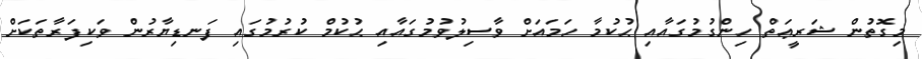
މިގޮތުން ޝަރީޢަތް ހިންގުމުގައާއި ޙުކުމާ ހަމައަށް ވާސިލުވުމުގައާއި ޙުކުމް ކުރުމުގައި ފަނޑިޔާރުން ވަކިފަރާތަކަށް